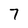
Character: 7